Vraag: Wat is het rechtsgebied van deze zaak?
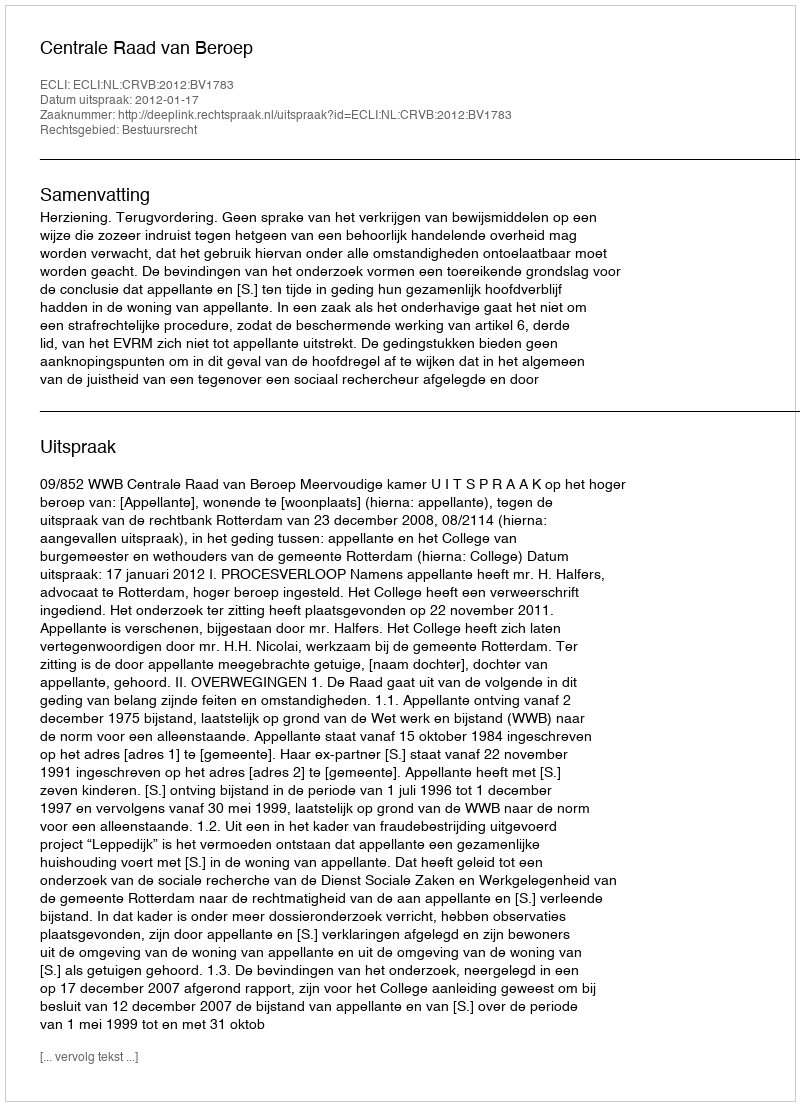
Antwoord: Bestuursrecht